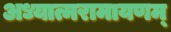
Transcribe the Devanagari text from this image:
अध्यात्मरामायणम्